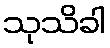
သုသိခါ